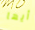
أيها